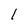
Character: 1